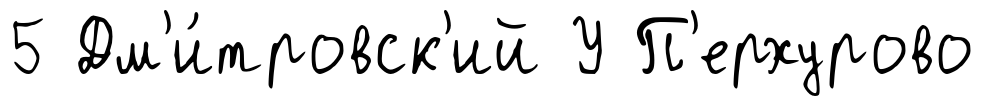
5 Дм'и́тровск'ий У П'ерхурово